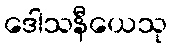
ဒေါသနီယေသု